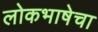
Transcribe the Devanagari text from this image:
लोकभाषेचा